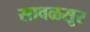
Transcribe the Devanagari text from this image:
सावळसूर